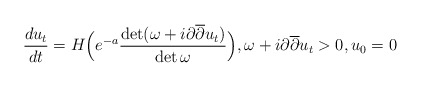
\begin{align*} \frac{du_t}{dt} = H \Big( e^{-a} \frac{\det(\omega + i\partial \overline{\partial} u_t)}{\det \omega} \Big), \omega + i \partial \overline{\partial} u_t > 0, u_0=0\end{align*}